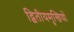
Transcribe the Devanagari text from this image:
द्वितीयमुखियों